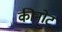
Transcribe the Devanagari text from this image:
कीनोट